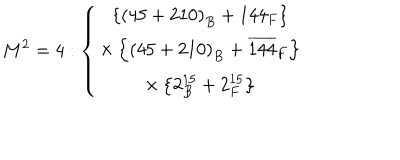
M ^ { 2 } = 4 : \left\{ \begin{array} { c } { { \left\{ \left( 4 5 + 2 1 0 \right) _ { B } + 1 4 4 _ { F } \right\} } } \\ { { \times \left\{ \left( 4 5 + 2 1 0 \right) _ { B } + \overline { { { 1 4 4 } } } _ { F } \right\} } } \\ { { \times \left\{ 2 _ { B } ^ { 1 5 } + 2 _ { F } ^ { 1 5 } \right\} } } \\ \end{array} \right.